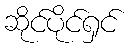
ဆိုင်ပိုင်ရှင်